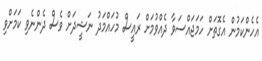
އެހެންކަމުން އެގޮތަށް ހަމަޖައްސަވާ ދެއްވުމަށް ރައީސް މުހައްމަދު ނަޝީދަށް ވެސް ދެންނެވި ކަމަށްވި